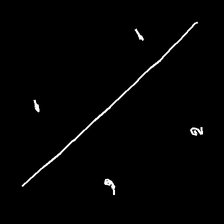
Glyph: cool